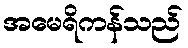
အမေရိကန်သည်